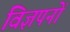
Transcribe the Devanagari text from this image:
विज्ञपनों